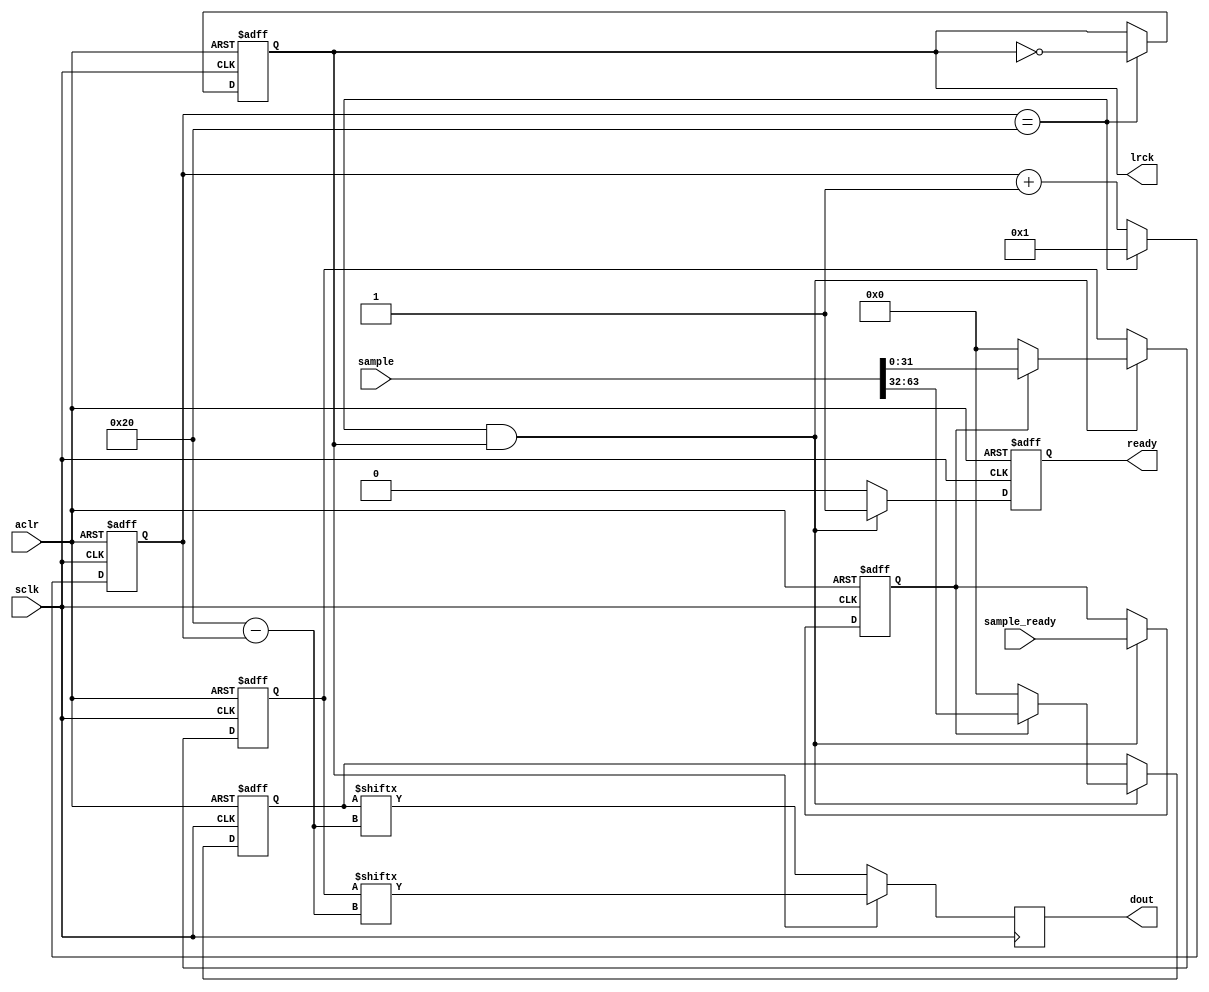
module i2s_tx
	(
		input sclk,
		input aclr,
		output reg lrck,
		output reg dout,
		output reg ready,
		input sample_ready,
		input [63:0] sample
	);

	reg [5:0] bits;
	reg	[31:0] left;
	reg [31:0] right;
	reg sample_valid;

	always @(negedge sclk or posedge aclr)
		begin
			if (aclr)
				bits <= 1'b1;
			else if (bits == 32)
				bits <= 1'b1;
			else
				bits <= bits + 1'b1;
		end

	// load the next sample at the end
	always @(negedge sclk or posedge aclr)
		begin
			if (aclr)
				begin
					left <= 32'd0;
					right <= 32'd0;
				end
			else if (bits == 32 && lrck)
				begin
					if (sample_valid)
						begin
							left <= sample[63:32];
							right <= sample[31:0];
						end
					else
						begin
							left <= 32'd0;
							right <= 32'd0;
						end
				end
		end

	// assert the ready flag for one clock cycle to accept the next sample
	// into the internal buffer (sample) - 
	always @(negedge sclk or posedge aclr)
		begin
			if (aclr)
				begin
					ready <= 1;
				end
			else if (bits == 32 && lrck)
				begin
					ready <= 1;
				end
			else
				begin
					ready <= 0;
				end
		end

	always @(negedge sclk or posedge aclr)
		begin
			if (aclr)
				sample_valid <= 0;
			else if (bits == 32 && lrck)
				sample_valid <= sample_ready;
			else
				sample_valid <= sample_valid;
		end

	always @(negedge sclk or posedge aclr)
		begin
			if (aclr)
				begin
					lrck <= 1;
				end
			else if (bits == 32)
				begin
					lrck <= !lrck;
				end
		end

	always @(negedge sclk)
		begin
			dout <= lrck ? right[32 - bits] : left[32 - bits];
		end

endmodule